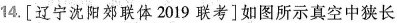
14.[辽宁沈阳郊联体2019联考]如图所示真空中狭长